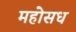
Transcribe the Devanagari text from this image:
महोसध